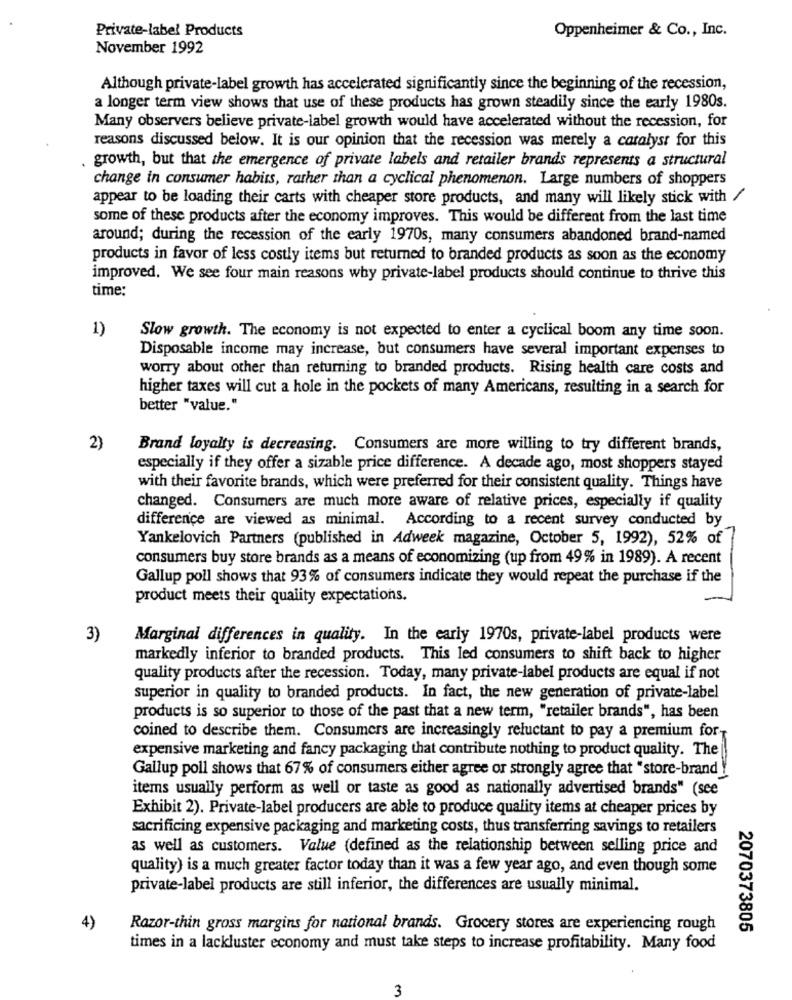
Private-label Products
Oppenheimer & Co ., Inc.
November 1992
Although private-label growth has accelerated significantly since the beginning of the recession,
a longer term view shows that use of these products has grown steadily since the early 1980s.
Many observers believe private-label growth would have accelerated without the recession, for
reasons discussed below. It is our opinion that the recession was merely a catalyst for this
. growth, but that the emergence of private labels and retailer brands represents a structural
change in consumer habits, rather than a cyclical phenomenon. Large numbers of shoppers
appear to be loading their carts with cheaper store products, and many will likely stick with /
some of these products after the economy improves. This would be different from the last time
around; during the recession of the early 1970s, many consumers abandoned brand-named
products in favor of less costly items but returned to branded products as soon as the economy
improved. We see four main reasons why private-label products should continue to thrive this
time:
1)
Slow growth. The economy is not expected to enter a cyclical boom any time soon.
Disposable income may increase, but consumers have several important expenses to
worry about other than returning to branded products. Rising health care costs and
higher taxes will cut a hole in the pockets of many Americans, resulting in a search for
better "value."
2)
Brand loyalty is decreasing. Consumers are more willing to try different brands,
especially if they offer a sizable price difference. A decade ago, most shoppers stayed
with their favorite brands, which were preferred for their consistent quality. Things have
changed. Consumers are much more aware of relative prices, especially if quality
difference are viewed as minimal. According to a recent survey conducted by
Yankelovich Partners (published in Adweek magazine, October 5, 1992), 52% of
consumers buy store brands as a means of economizing (up from 49% in 1989). A recent
Gallup poll shows that 93% of consumers indicate they would repeat the purchase if the
product meets their quality expectations.
3)
Marginal differences in quality. In the early 1970s, private-label products were
markedly inferior to branded products. This led consumers to shift back to higher
quality products after the recession. Today, many private-label products are equal if not
superior in quality to branded products. In fact, the new generation of private-label
products is so superior to those of the past that a new term, "retailer brands", has been
coined to describe them. Consumers are increasingly reluctant to pay a premium for
expensive marketing and fancy packaging that contribute nothing to product quality. The
Gallup poll shows that 67% of consumers either agree or strongly agree that "store-brand !
items usually perform as well or taste as good as nationally advertised brands" (see
Exhibit 2). Private-label producers are able to produce quality items at cheaper prices by
sacrificing expensive packaging and marketing costs, thus transferring savings to retailers
as well as customers. Value (defined as the relationship between selling price and
quality) is a much greater factor today than it was a few year ago, and even though some
private-label products are still inferior, the differences are usually minimal.
4)
Razor-thin gross margins for national brands. Grocery stores are experiencing rough
2070373805
times in a lackluster economy and must take steps to increase profitability. Many food
3